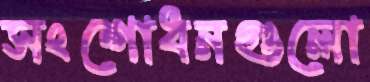
সংশোধনগুলো